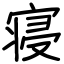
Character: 寝